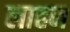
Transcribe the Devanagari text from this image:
लाहन